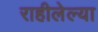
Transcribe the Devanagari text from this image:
राहीलेल्या